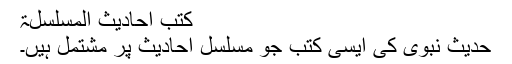
کتب احادیث المسلسلۃ
حدیث نبوی کی ایسی کتب جو مسلسل احادیث پر مشتمل ہیں۔